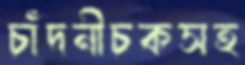
চাঁদনীচকসহ